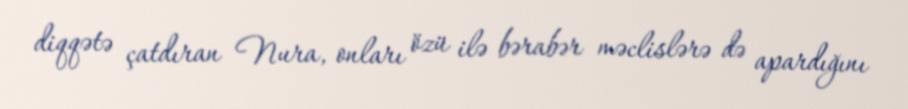
diqqətə çatdıran Nura, onları özü ilə bərabər məclislərə də apardığını